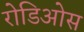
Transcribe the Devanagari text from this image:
रोडिओस